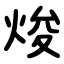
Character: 焌